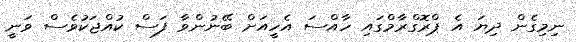
ނިމިގެން ދިޔަ އެ ޕްރޮގްރާމްގައި ހާއްސަ އެހީއަށް ބޭނުންވާ ފަސް ކުއްޖަކުވެސް ވަނީ